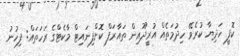
ކޮފީ ހަދިޔާ ކުރެވޭ ހިދުމަތެއް އުރީދޫއިން ތައާރަފް ކޮށްފިނައިޓް މާކެޓްގެ ރަހަތައް: ފިހުނު